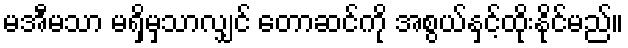
မအီမသာ မရှိမှသာလျှင် တောဆင်ကို အစွယ်နှင့်ထိုးနိုင်မည်။